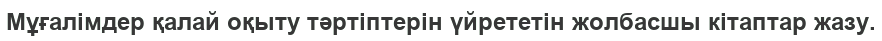
Мұғалімдер қалай оқыту тәртіптерін үйрететін жолбасшы кітаптар жазу.